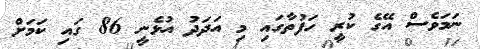
ނަމަވެސް އޭގެ ކުރީ ހަފުތާގައި މި އަދަދު އުޅެނީ 86 ގައި ކަމަށް